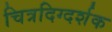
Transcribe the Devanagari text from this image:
चित्रदिग्दर्शक